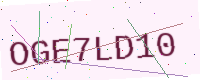
Text: OGE7LD10